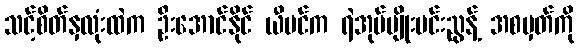
သင့်စိတ်နှလုံးထဲက ဦးအောင်နိုင် ယီမင်က ရဲအုပ်မျိုးမင်းညွန့် အစမှတ်ကို